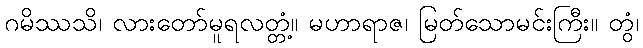
ဂမိဿသိ၊ လားတော်မူရလတ္တံ့။ မဟာရာဇ၊ မြတ်သောမင်းကြီး။ တွံ၊